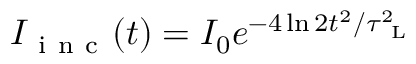
I _ { \mathrm { ~ i ~ n ~ c ~ } } ( t ) = I _ { 0 } e ^ { - 4 \ln 2 t ^ { 2 } / \tau _ { \mathrm { ~ L ~ } } ^ { 2 } }